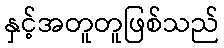
နှင့်အတူတူဖြစ်သည်